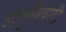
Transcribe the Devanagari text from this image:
आकृतिवादी